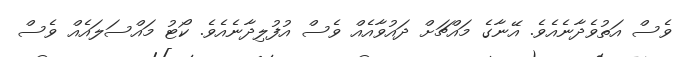
ވެސް އަތުވެދާނެއެވެ. އޭނާގެ މައްޗަށް ދައުވާއެއް ވެސް އުފުލިދާނެއެވެ. ކޯޓު މައްސަލައެއް ވެސް